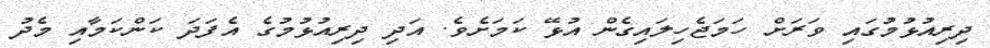
ދިރިއުޅުމުގައި ވަރަށް ހަމަޖެހިލައިގެން އުޅޭ ކަމަށެވެ. އަދި ދިރިއުޅުމުގެ އެފަދަ ކަންކަމާއި މެދު